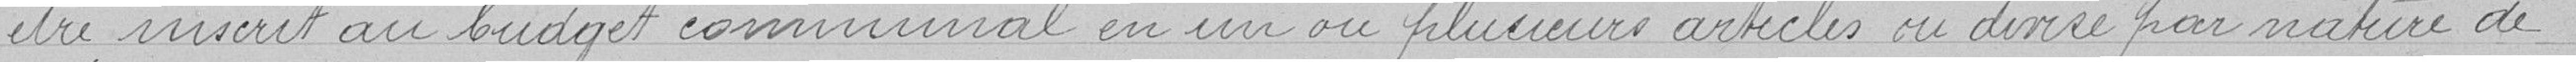
être inscrit au budget communal en un ou plusieurs articles ou divisé par nature de